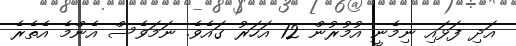
އަދި ފަޅައި ނިމެނީ އުމުރުން 12 އަހަރު ގައެވެ. ނަމަވެސް އެންމެ އެތެރެ